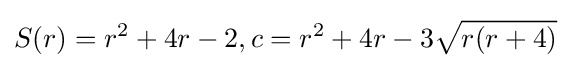
S(r)=r^{2}+4r-2,c=r^{2}+4r-3{\sqrt {r(r+4)}}